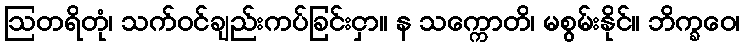
ဩတရိတုံ၊ သက်ဝင်ချည်းကပ်ခြင်းငှာ။ န သက္ကောတိ၊ မစွမ်းနိုင်။ ဘိက္ခဝေ၊